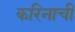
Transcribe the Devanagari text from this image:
करिनाची